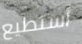
أستطيع